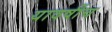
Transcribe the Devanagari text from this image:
यावर्षीच